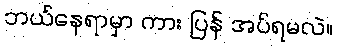
ဘယ်နေရာမှာ ကား ပြန် အပ်ရမလဲ။